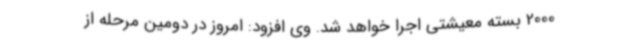
2000 بسته معیشتی اجرا خواهد شد. وی افزود: امروز در دومین مرحله از